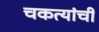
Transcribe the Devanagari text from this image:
चकत्यांची